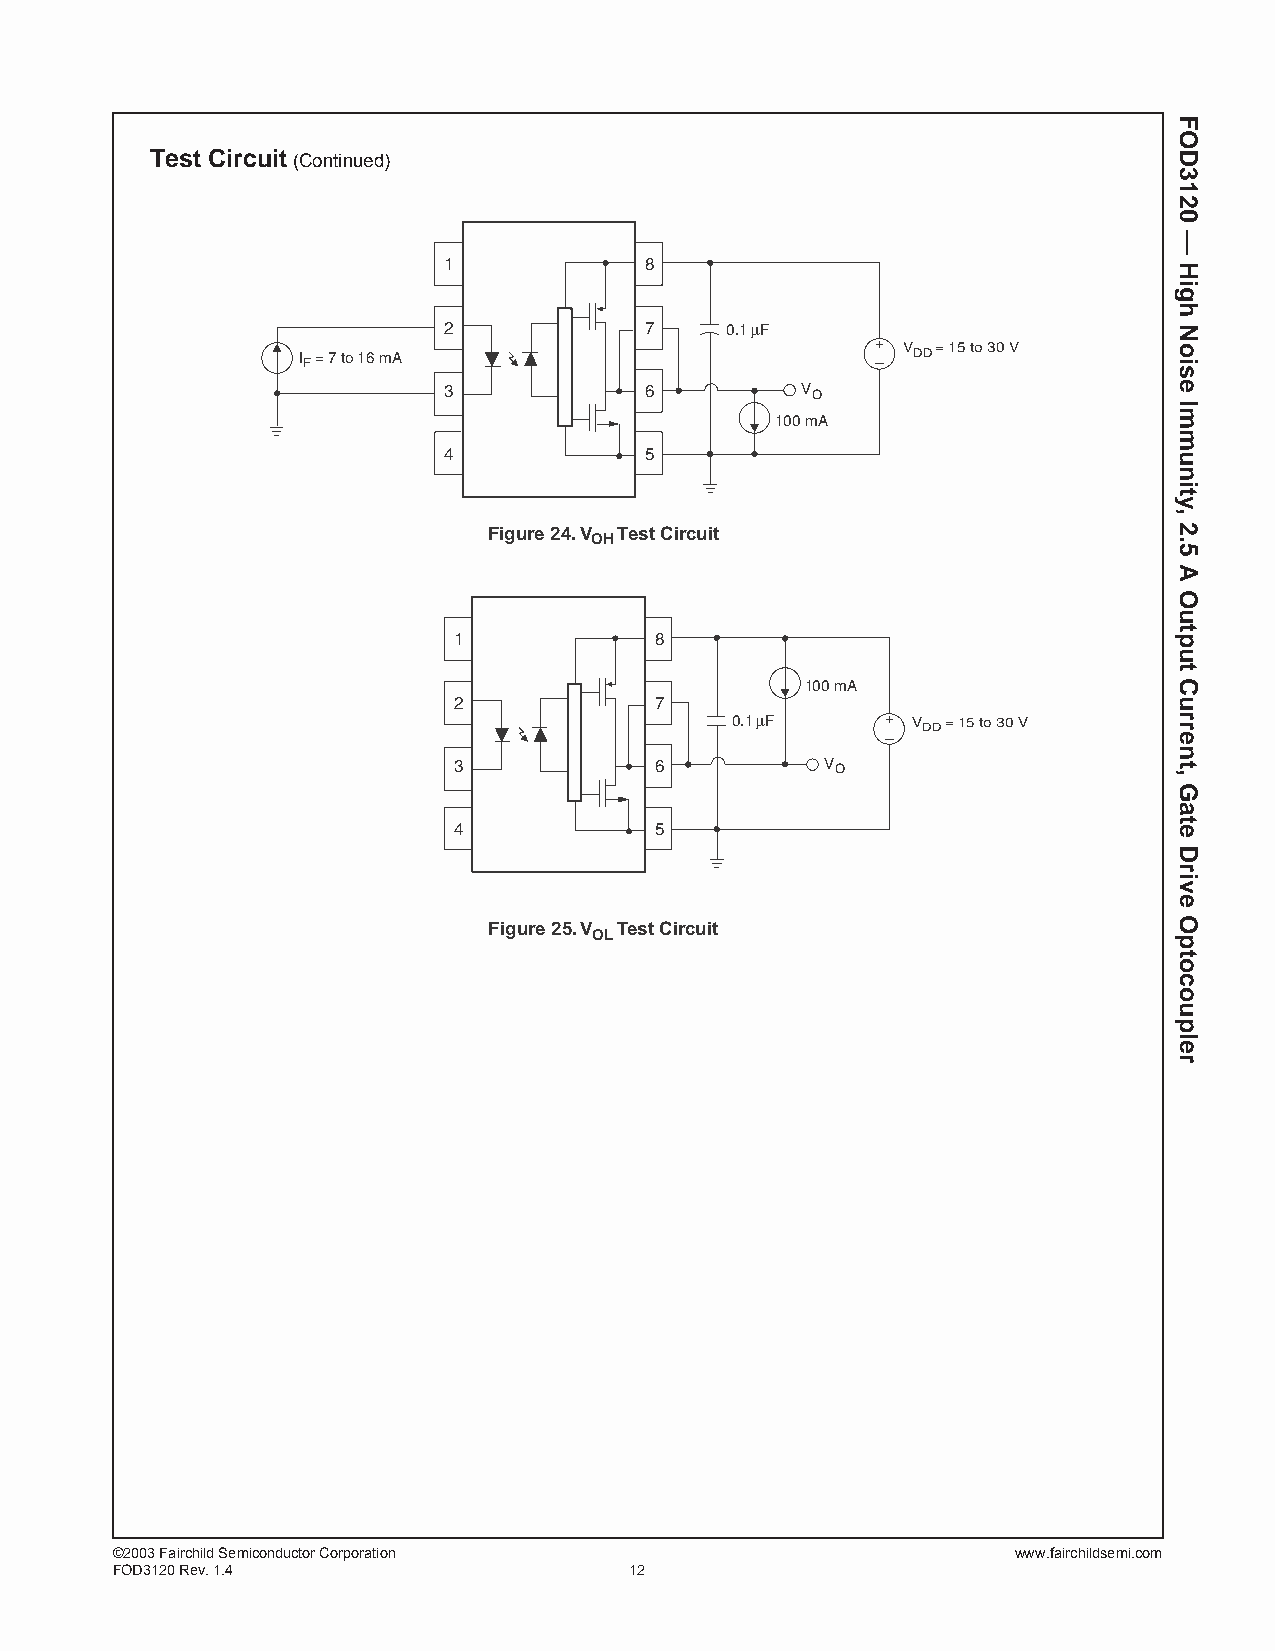
Test Circuit (Continued)
 1             8
 2             7    0.1μF
 IF = 7 to 16 mA
 –+ VDD = 15 to 30 V
 3             6         VO
 100 mA
 4             5
 Figure 24. V Test Circuit
 OH
 1            8
 100 mA
 2            7
 0.1μF      + VDD = 15 to 30 V
 –
 3            6           VO
 4            5
 Figure 25. V Test Circuit
 OL
 ©2003 Fairchild Semiconductor Corporation                   www.fairchildsemi.com
 FOD3120 Rev. 1.4                   12
 FOD3120
 —
 High
 Noise
 Immunity,
 2.5
 A
 Output
 Current,
 Gate
 Drive
 Optocoupler